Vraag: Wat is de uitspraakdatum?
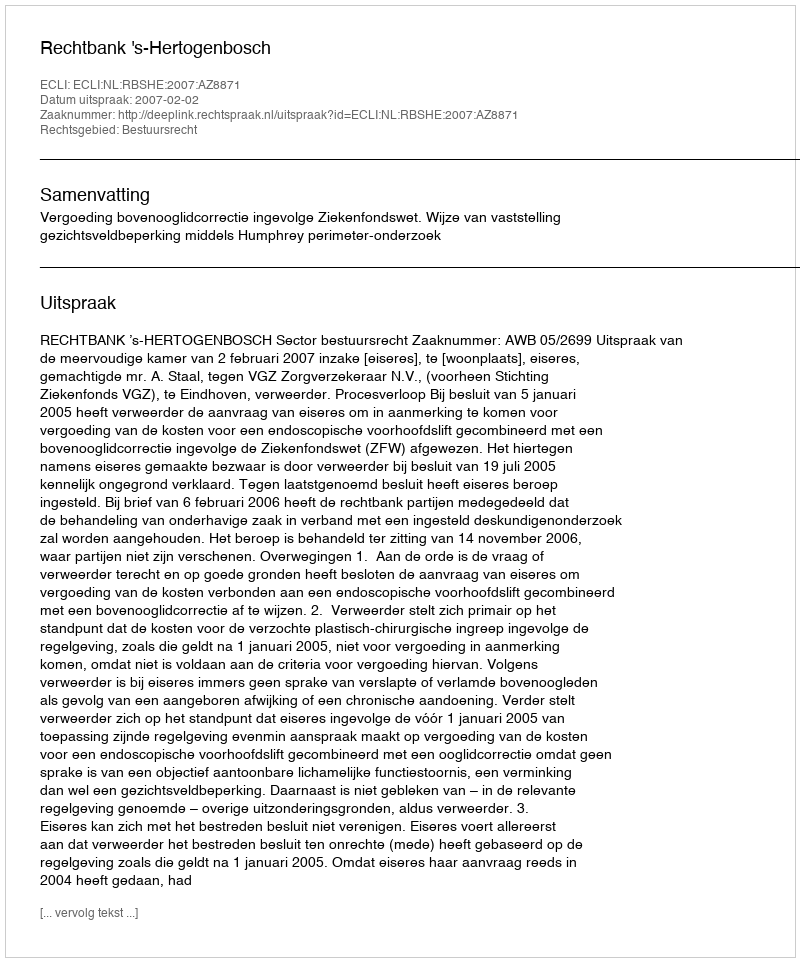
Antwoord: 2007-02-02